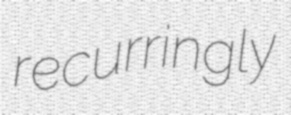
recurringly